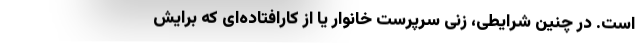
است. در چنین شرایطی، زنی سرپرست خانوار یا از کارافتاده‌ای که برایش